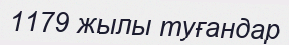
1179 жылы туғандар